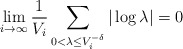
\begin{align*} \lim_{i \to \infty} \frac{1}{V_i} \sum_{0 < \lambda \leq V_i^{-\delta}} | \log \lambda| = 0 \end{align*}